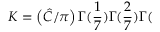
K = \left( \hat { C } / \pi \right) \Gamma ( \frac { 1 } { 7 } ) \Gamma ( \frac { 2 } { 7 } ) \Gamma (